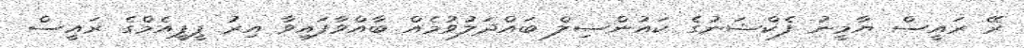
ރޭ ރައީސް ޔާމީނު ފެކްޝަނުގެ ކައުންސިލް ބައްދަލުވުމެއް ބާއްވާފައިވާ އިރު ޕީޕީއެމްގެ ރައީސް